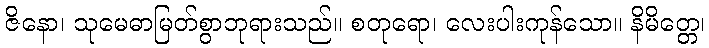
ဇိနော၊ သုမေဓာမြတ်စွာဘုရားသည်။ စတုရော၊ လေးပါးကုန်သော။ နိမိတ္တေ၊